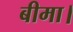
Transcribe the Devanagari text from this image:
बीमा।